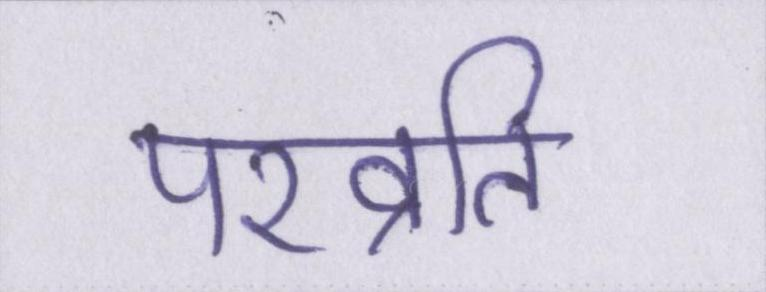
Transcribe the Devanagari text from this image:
परव्रति